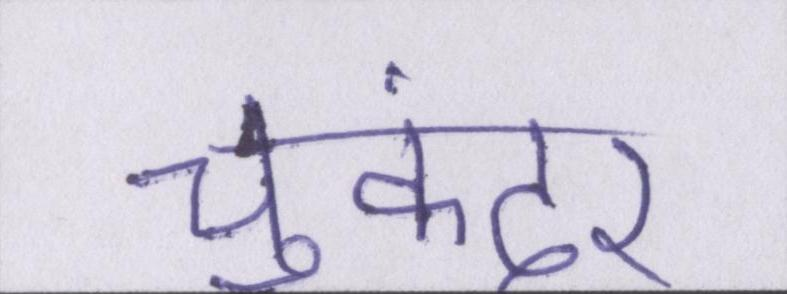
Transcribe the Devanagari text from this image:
चुकंदर